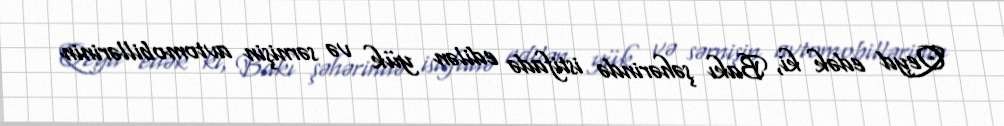
Qeyd edək ki, Bakı şəhərində istifadə edilən yük və sərnişin avtomobillərinin